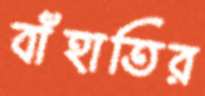
বাঁহাতির